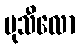
မုသီလော